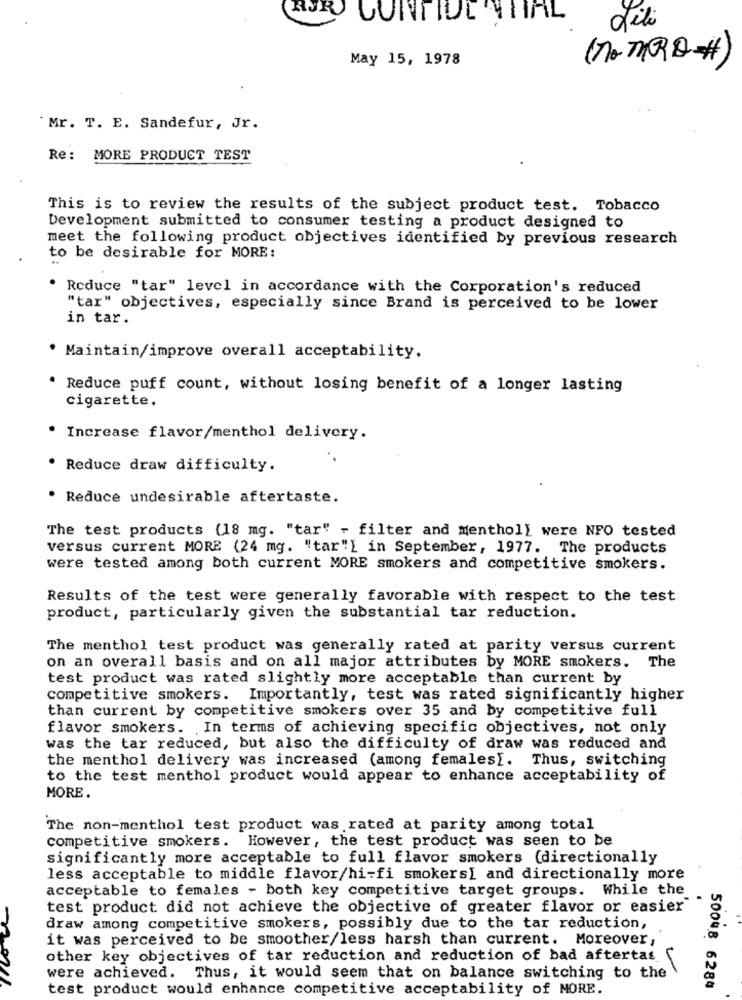
QUE CONTIUL STIHL
fili
May 15, 1978
"Mr. T. E. Sandefur, Jr.
Re: MORE PRODUCT TEST
This is to review the results of the subject product test. Tobacco
Development submitted to consumer testing a product designed to
meet the following product objectives identified by previous research
to be desirable for MORE:
. Reduce "tar" level in accordance with the Corporation's reduced
"tar" objectives, especially since Brand is perceived to be lower
in tar.
Maintain/improve overall acceptability.
. Reduce puff count, without losing benefit of a longer lasting
cigarette.
Increase flavor/menthol delivery.
Reduce draw difficulty.
. Reduce undesirable aftertaste.
The test products (18 mg. "tar" - filter and Menthol) were NFO tested
versus current MORE (24 mg. "tar") in September, 1977. The products
were tested among both current MORE smokers and competitive smokers.
Results of the test were generally favorable with respect to the test
product, particularly given the substantial tar reduction.
The menthol test product was generally rated at parity versus current
on an overall basis and on all major attributes by MORE smokers. The
test product was rated slightly more acceptable than current by
competitive smokers. Importantly, test was rated significantly higher
than current by competitive smokers over 35 and by competitive full
flavor smokers. In terms of achieving specific objectives, not only
was the tar reduced, but also the difficulty of draw was reduced and
the menthol delivery was increased (among females[. Thus, switching
to the test menthol product would appear to enhance acceptability of
MORE.
The non-menthol test product was rated at parity among total
competitive smokers. However, the test product was seen to be
significantly more acceptable to full flavor smokers (directionally
less acceptable to middle flavor/hi-fi smokers[ and directionally more
acceptable to females - both key competitive target groups. While the
.
test product did not achieve the objective of greater flavor or easier
draw among competitive smokers, possibly due to the tar reduction,
it was perceived to be smoother/less harsh than current. Moreover,
other key objectives of tar reduction and reduction of bad aftertas
were achieved. Thus, it would seem that on balance switching to the
test product would enhance competitive acceptability of MORE.
50048 6284